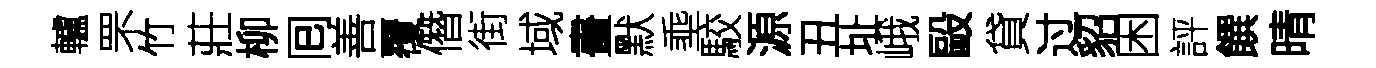
轤罘竹莊柳囘善覆僭街域畫默埀駮源丑址峨毆貸过貂困評饌晴